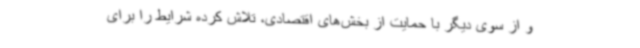
و از سوی دیگر با حمایت از بخش‌های اقتصادی، تلاش کرده شرایط را برای